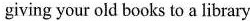
giving your old books to a library